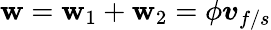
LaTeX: \boldsymbol{\mathbf{w}}=\boldsymbol{\mathbf{w}}_{1}+\boldsymbol{\mathbf{w}}_{2}=\phi\boldsymbol{v}_{f/s}